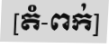
[តំ-ពក់]